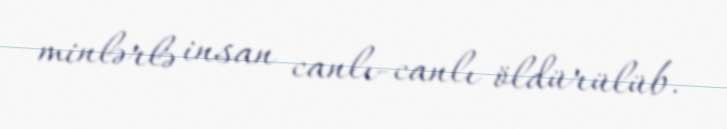
minlərlə insan canlı-canlı öldürülüb.